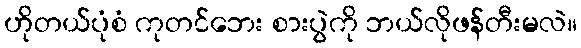
ဟိုတယ်ပုံစံ ကုတင်ဘေး စားပွဲကို ဘယ်လိုဖန်တီးမလဲ။